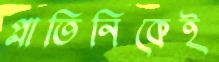
প্লাতিনিকেই